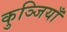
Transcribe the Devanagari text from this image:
कुञ्जियाँ